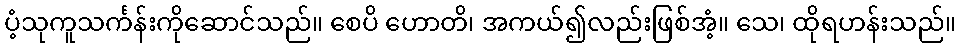
ပံ့သုကူသင်္ကန်းကိုဆောင်သည်။ စေပိ ဟောတိ၊ အကယ်၍လည်းဖြစ်အံ့။ သေ၊ ထိုရဟန်းသည်။